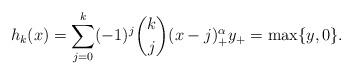
LaTeX: \begin{align*} h_k(x) = \sum_{j = 0}^k(-1)^j \binom{k}{j} (x - j)_{+}^{\alpha} y_+ = \max\{y, 0\}.\end{align*}